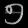
Digit: ၅